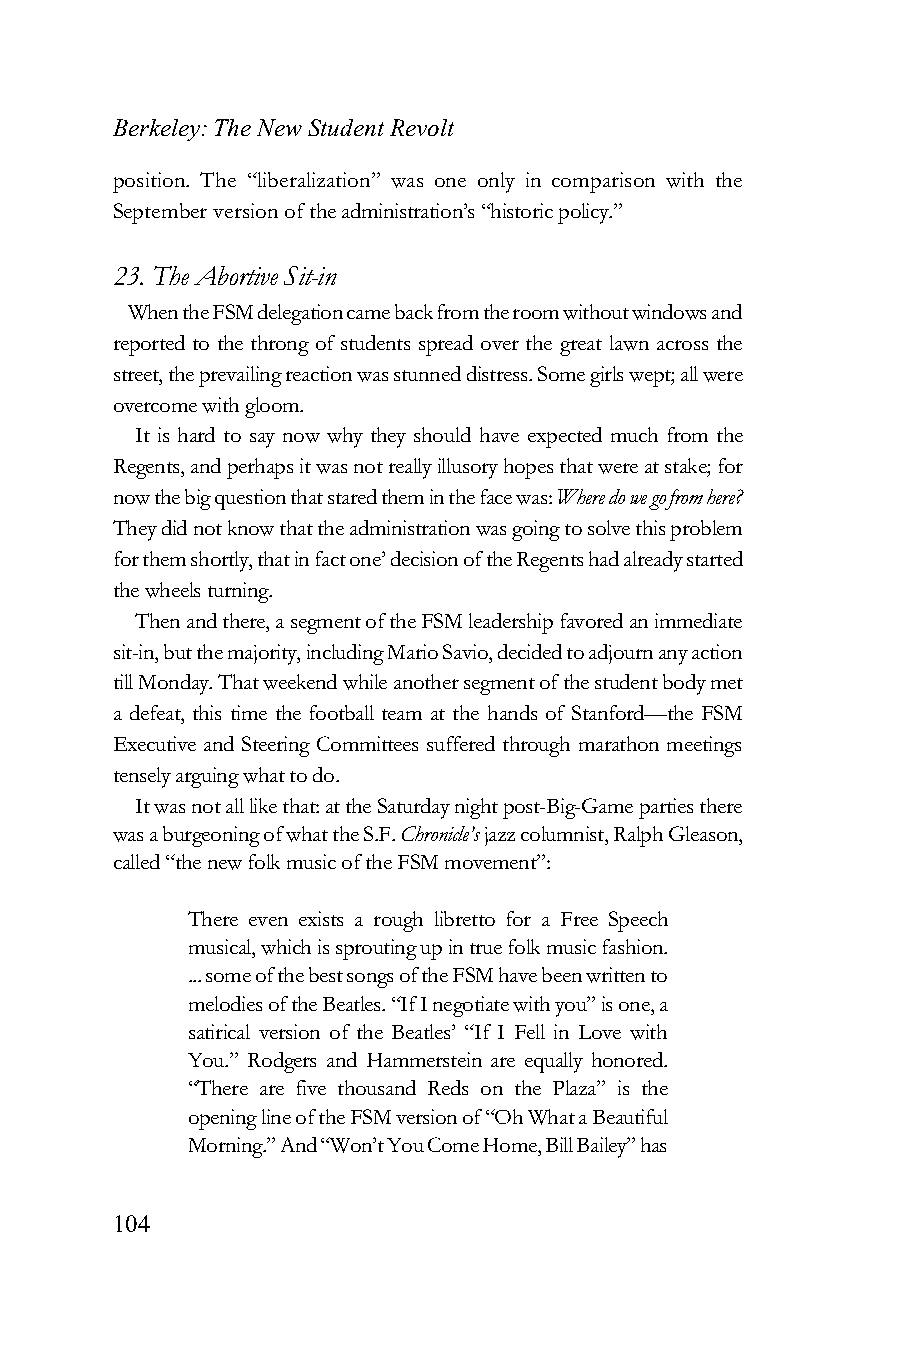
Berkeley: The New Student Revolt
 position. The “liberalization” was one only in comparison with the
 September version of the administration’s “historic policy.”
 23. The Abortive Sit-in
 When the FSM delegation came back from the room without windows and
 reported to the throng of students spread over the great lawn across the
 street, the prevailing reaction was stunned distress. Some girls wept; all were
 overcome with gloom.
 It is hard to say now why they should have expected much from the
 Regents, and perhaps it was not really illusory hopes that were at stake; for
 now the big question that stared them in the face was: Where do we go from here?
 They did not know that the administration was going to solve this problem
 for them shortly, that in fact one’ decision of the Regents had already started
 the wheels turning.
 Then and there, a segment of the FSM leadership favored an immediate
 sit-in, but the majority, including Mario Savio, decided to adjourn any action
 till Monday. That weekend while another segment of the student body met
 a defeat, this time the football team at the hands of Stanford—the FSM
 Executive and Steering Committees suffered through marathon meetings
 tensely arguing what to do.
 It was not all like that: at the Saturday night post-Big-Game parties there
 was a burgeoning of what the S.F. Chronicle’s jazz columnist, Ralph Gleason,
 called “the new folk music of the FSM movement”:
 There even exists a rough libretto for a Free Speech
 musical, which is sprouting up in true folk music fashion.
 ... some of the best songs of the FSM have been written to
 melodies of the Beatles. “If I negotiate with you” is one, a
 satirical version of the Beatles’ “If I Fell in Love with
 You.” Rodgers and Hammerstein are equally honored.
 “There are five thousand Reds on the Plaza” is the
 opening line of the FSM version of “Oh What a Beautiful
 Morning.” And “Won’t You Come Home, Bill Bailey” has
 104